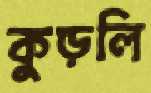
কুড়লি